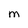
Character: M